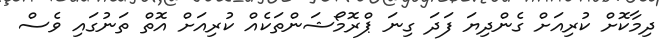
ދިމާކޮށް ކުރިއަށް ގެންދިޔަ ފަދަ ގިނަ ޕްރޮމޯޝަންތަކެއް ކުރިއަށް އޮތް ތަނުގައި ވެސް